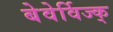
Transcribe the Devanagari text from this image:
बेवेर्विज्क्